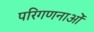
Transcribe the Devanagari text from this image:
परिगणनाओं